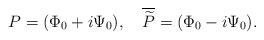
LaTeX: \begin{align*}P=(\Phi_0+i\Psi_0), \quad\overline {\widetilde P}=(\Phi_0-i\Psi_0).\end{align*}